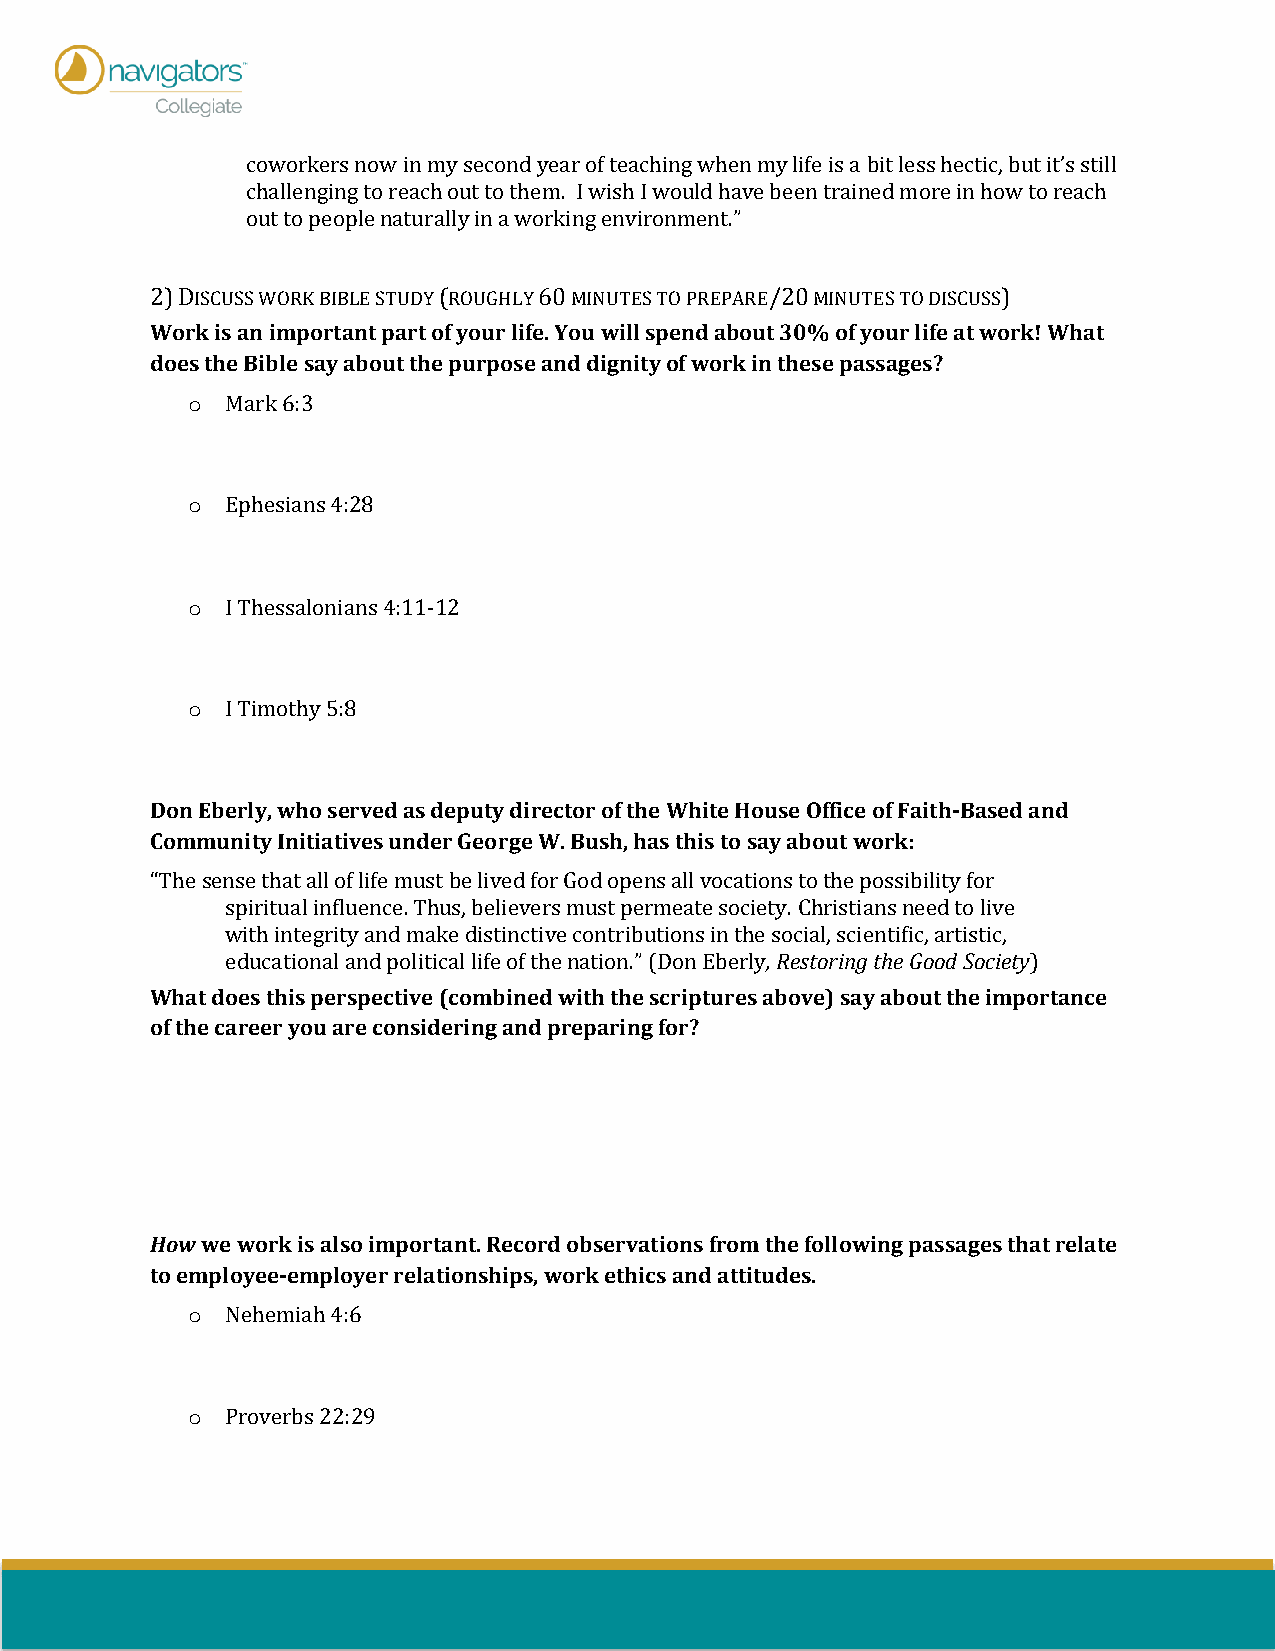
coworkers now in my second year of teaching when my life is a bit less hectic, but it’s still
 challenging to reach out to them. I wish I would have been trained more in how to reach
 out to people naturally in a working environment.”
 2) DISCUSS WORK BIBLE STUDY (ROUGHLY 60 MINUTES TO PREPARE/20 MINUTES TO DISCUSS)
 Work is an important part of your life. You will spend about 30% of your life at work! What
 does the Bible say about the purpose and dignity of work in these passages?
 o  Mark 6:3
 o  Ephesians 4:28
 o  I Thessalonians 4:11-12
 o  I Timothy 5:8
 Don Eberly, who served as deputy director of the White House Office of Faith-Based and
 Community Initiatives under George W. Bush, has this to say about work:
 “The sense that all of life must be lived for God opens all vocations to the possibility for
 spiritual influence. Thus, believers must permeate society. Christians need to live
 with integrity and make distinctive contributions in the social, scientific, artistic,
 educational and political life of the nation.” (Don Eberly, Restoring the Good Society)
 What does this perspective (combined with the scriptures above) say about the importance
 of the career you are considering and preparing for?
 How we work is also important. Record observations from the following passages that relate
 to employee-employer relationships, work ethics and attitudes.
 o  Nehemiah 4:6
 o  Proverbs 22:29